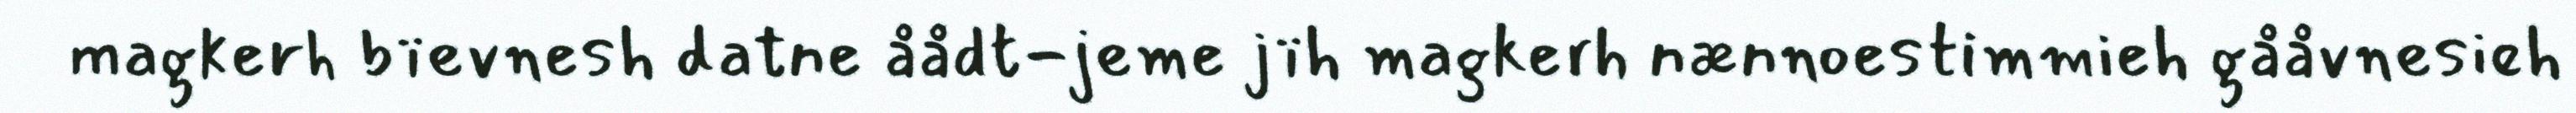
magkerh bïevnesh datne åådt-jeme jïh magkerh nænnoestimmieh gååvnesieh